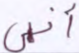
أنى